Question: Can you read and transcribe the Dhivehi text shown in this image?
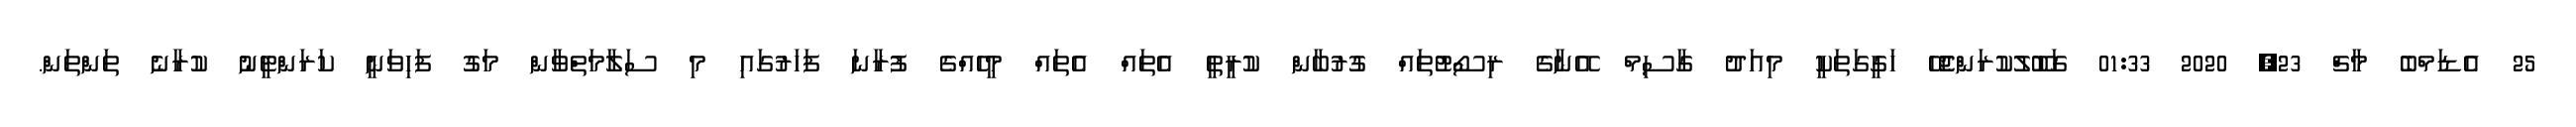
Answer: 25 އެޑަމްބެ މާޗް 23, 2020 01:33 ގަބޫލުކުރަންޖެހޭ ހަގީގަތަކީ މިއަދު ގާސިމް އޭނާގެ ރިސޯޓުތައް ގުރުބާން ކުރީތީ އެތައް އެތައް މީހެއްގެ ފުރާނަ ފަހަރުގައި މި ސަލާމަތްވާން މަގު ފަހިވަނީ ކަރަންޓީނު ކުރާނެ ތަންތަން.